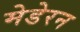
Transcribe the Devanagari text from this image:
मेडेरन